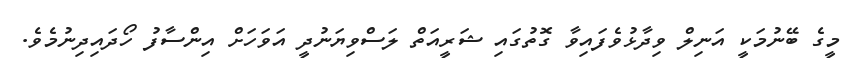
މީގެ ބޭނުމަކީ އަނިލް ވިދާޅުވެފައިވާ ގޮތުގައި ޝަރީއަތް ލަސްވިޔަނުދީ އަވަހަށް އިންސާފު ހޯދައިދިނުމެވެ.